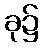
ခု၌